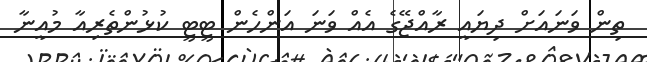
ތިން ވަނައަށް ދިޔައީ ރާއްޖޭގެ އެއް ވަނަ އަންހެން ޓީޓީ ކުޅުންތެރިއާ މުއީނާ